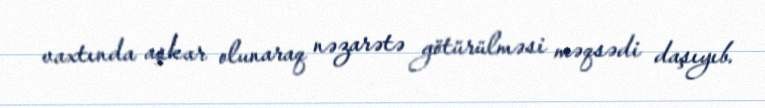
vaxtında aşkar olunaraq nəzarətə götürülməsi məqsədi daşıyıb.